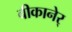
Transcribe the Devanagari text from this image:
बीकानेर्